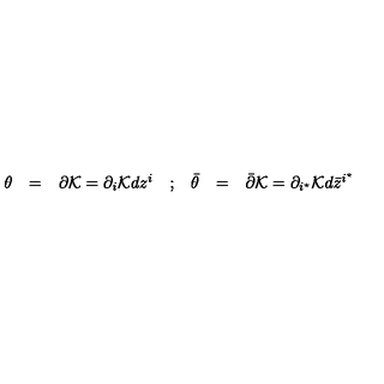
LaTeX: \begin{array} { c c c c c c c } { { \theta } } & { = } & { \partial { \cal K } = \partial _ { i } { \cal K } d z ^ { i } } & { ; } & { { \bar { \theta } } } & { = } & { { \bar { \partial } } { \cal K } = \partial _ { i ^ { \star } } { \cal K } d { \bar { z } } ^ { i ^ { \star } } } \\ \end{array}